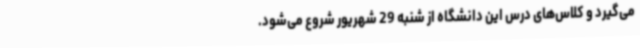
می‌گیرد و کلاس‌های درس این دانشگاه از شنبه 29 شهریور شروع می‌شود.